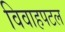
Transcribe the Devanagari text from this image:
विवाहपटल